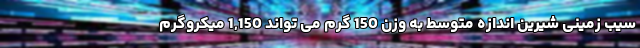
سیب زمینی شیرین اندازه متوسط به وزن 150 گرم می تواند 1,150 میکروگرم